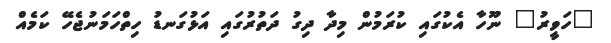
"ހަވީރު" ނޫހާ އެކުގައި ކުރަމުން މިދާ ދިގު ދަތުރުގައި އަޅުގަނޑު ހިތްހަމަނުޖެހޭ ކަމެއް